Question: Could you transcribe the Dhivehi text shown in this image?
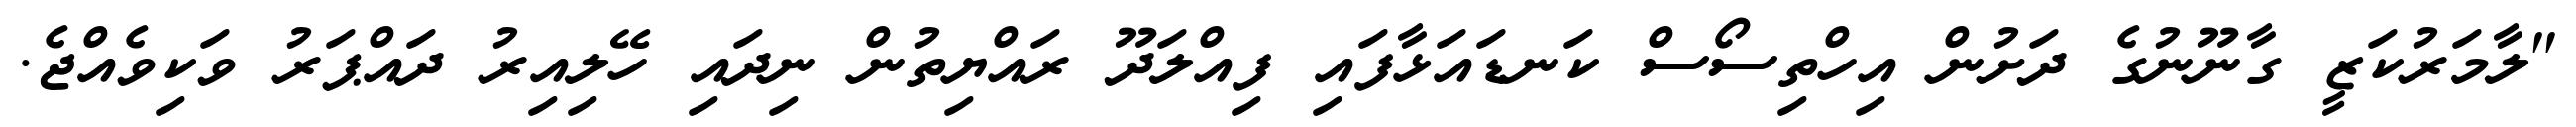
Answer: "ލާމަރުކަޒީ ގާނޫނުގެ ދަށުން އިހްތިސޯސް ކަނޑައަޅާފައި ފިއްލަދޫ ރައްޔިތުން ނިދައި ހޭލިއިރު ދައްޕަރު ވަކިވެއްޖެ.